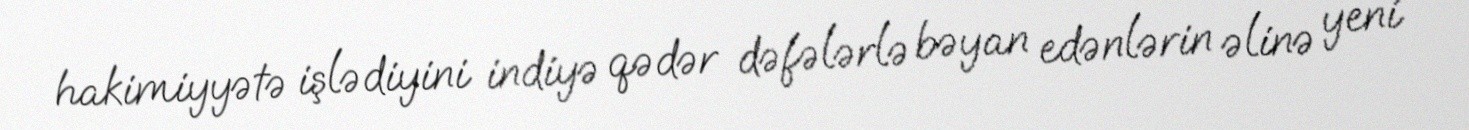
hakimiyyətə işlədiyini indiyə qədər dəfələrlə bəyan edənlərin əlinə yeni